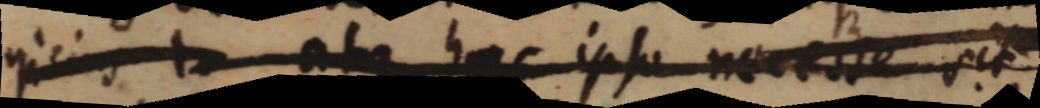
qicius atque hac ipso neceste sit